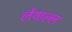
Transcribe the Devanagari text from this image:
लेंथाल्ल